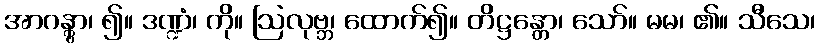
အာဂန္တွာ၊ ၍။ ဒဏ္ဍံ၊ ကို။ ဩလုဗ္ဘ၊ ထောက်၍။ တိဋ္ဌန္တော၊ သော်။ မမ၊ ၏။ သီသေ၊